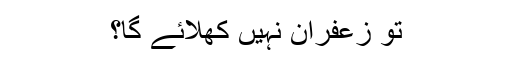
تو زعفران نہیں کھلائے گا؟